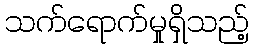
သက်ရောက်မှုရှိသည့်